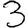
Digit: 3